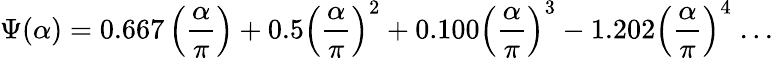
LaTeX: \Psi(\alpha)=0.667\left({\frac{\alpha}{\pi}}\right)+0.5\left({\frac{\alpha}{\pi}}\right)^{2}+0.100\left({\frac{\alpha}{\pi}}\right)^{3}-1.202\left({\frac{\alpha}{\pi}}\right)^{4}\; ...